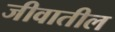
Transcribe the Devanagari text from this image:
जीवातील